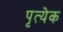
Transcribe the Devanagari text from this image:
पृत्येक